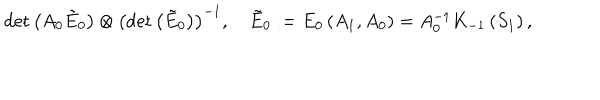
LaTeX: \det \left( A _ { 0 } \tilde { E } _ { 0 } \right) \otimes \left( \det \left( \tilde { E } _ { 0 } \right) \right) ^ { - 1 } , \quad \tilde { E } _ { 0 } : = E _ { 0 } \left( A _ { 1 } , A _ { 0 } \right) = A _ { 0 } ^ { - 1 } K _ { - 1 } \left( S _ { 1 } \right) ,